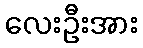
လေးဦးအား